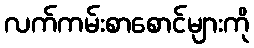
လက်ကမ်းစာစောင်များကို